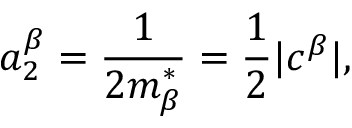
a _ { 2 } ^ { \beta } = \frac 1 { 2 m _ { \beta } ^ { * } } = \frac 1 2 | c ^ { \beta } | ,